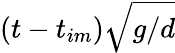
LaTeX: (t-{t_{im}})\sqrt{g/d}